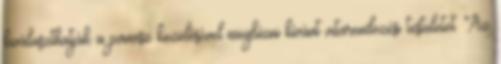
kiválaszthatják a panasz kezelésével megbízni kívánt vitarendezési testületet. Az